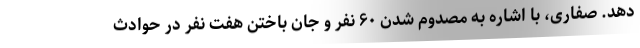
دهد. صفاری، با اشاره به مصدوم شدن ۶۰ نفر و جان باختن هفت نفر در حوادث